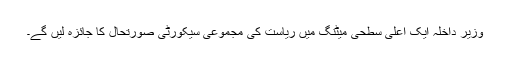
وزیر داخلہ ایک اعلیٰ سطحی میٹنگ میں ریاست کی مجموعی سیکورٹی صورتحال کا جائزہ لیں گے۔